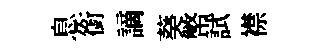
息銜謫葵幣試襟